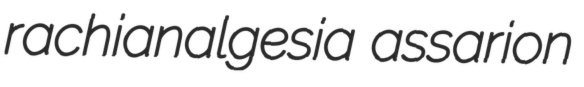
rachianalgesia assarion